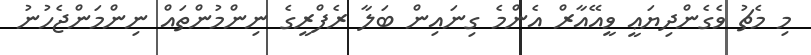
މި މެޗު ވެގެންދިޔަޢީ ވީއޭއާރް އެންމެ ގިނައިން ބަލާ ރެފްރީގެ ނިންމުންތައް ނިންމަންޖެހުނު